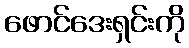
ဖောင်ဒေးရှင်းကို